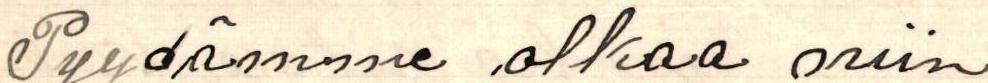
Pyydämme olkaa niin